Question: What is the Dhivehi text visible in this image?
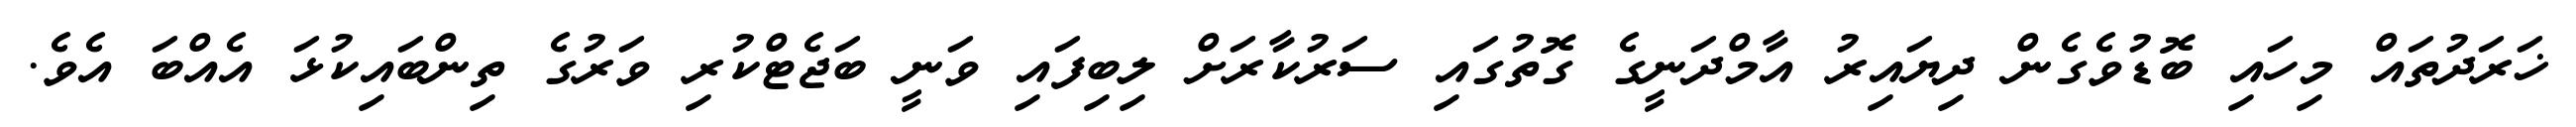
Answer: ޚަރަދުތައް މިހައި ބޮޑުވެގެން ދިޔައިރު އާމްދަނީގެ ގޮތުގައި ސަރުކާރަށް ލިބިފައި ވަނީ ބަޖެޓްކުރި ވަރުގެ ތިންބައިކުޅަ އެއްބަ އެވެ.